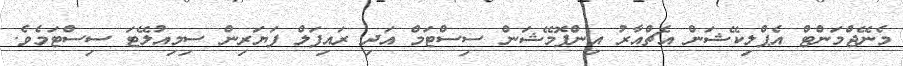
މެނޭޖްމަންޓް އެޕްލިކޭޝަން އެޗްއާރު އިންފޮމޭޝަން ސިސްޓަމް އަދި ރައިފަލް ފަޔަރިން ސިމިއުލޭޓަ ސިސްޓަމެވެ.